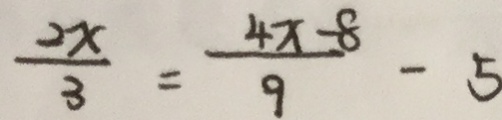
\frac { 2 x } { 3 } = \frac { 4 x - 8 } { 9 } - 5